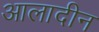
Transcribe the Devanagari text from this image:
आलादीन